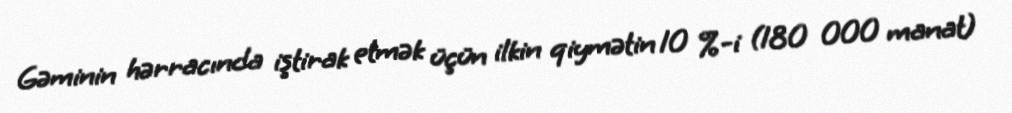
Gəminin hərracında iştirak etmək üçün ilkin qiymətin 10 %-i (180 000 manat)